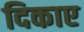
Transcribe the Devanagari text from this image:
दिकाए